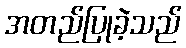
အတည်ပြုခဲ့သည်